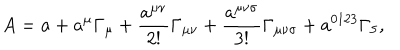
A = a + a ^ { \mu } \Gamma _ { \mu } + \frac { a ^ { \mu \nu } } { 2 ! } \Gamma _ { \mu \nu } + \frac { a ^ { \mu \nu \sigma } } { 3 ! } \Gamma _ { \mu \nu \sigma } + a ^ { 0 1 2 3 } \Gamma _ { 5 } ,